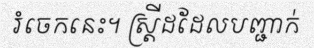
រំចេកនេះ។ ស្ត្រីដដែលបញ្ជាក់